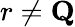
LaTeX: r\neq{\textbf{Q}}